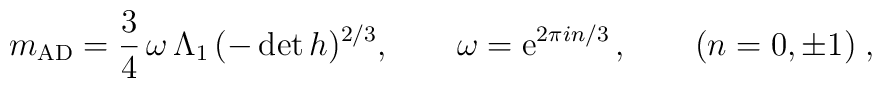
m_{\rm AD}=\frac 3 4 \, \omega\, \Lambda_1\,(-\det  h)^{2/3},\qquad \omega={\rm e}^{2\pi i n/3}\,,\qquad (n=0,\pm1)\;,